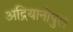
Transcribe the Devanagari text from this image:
अद्रियानोपुल